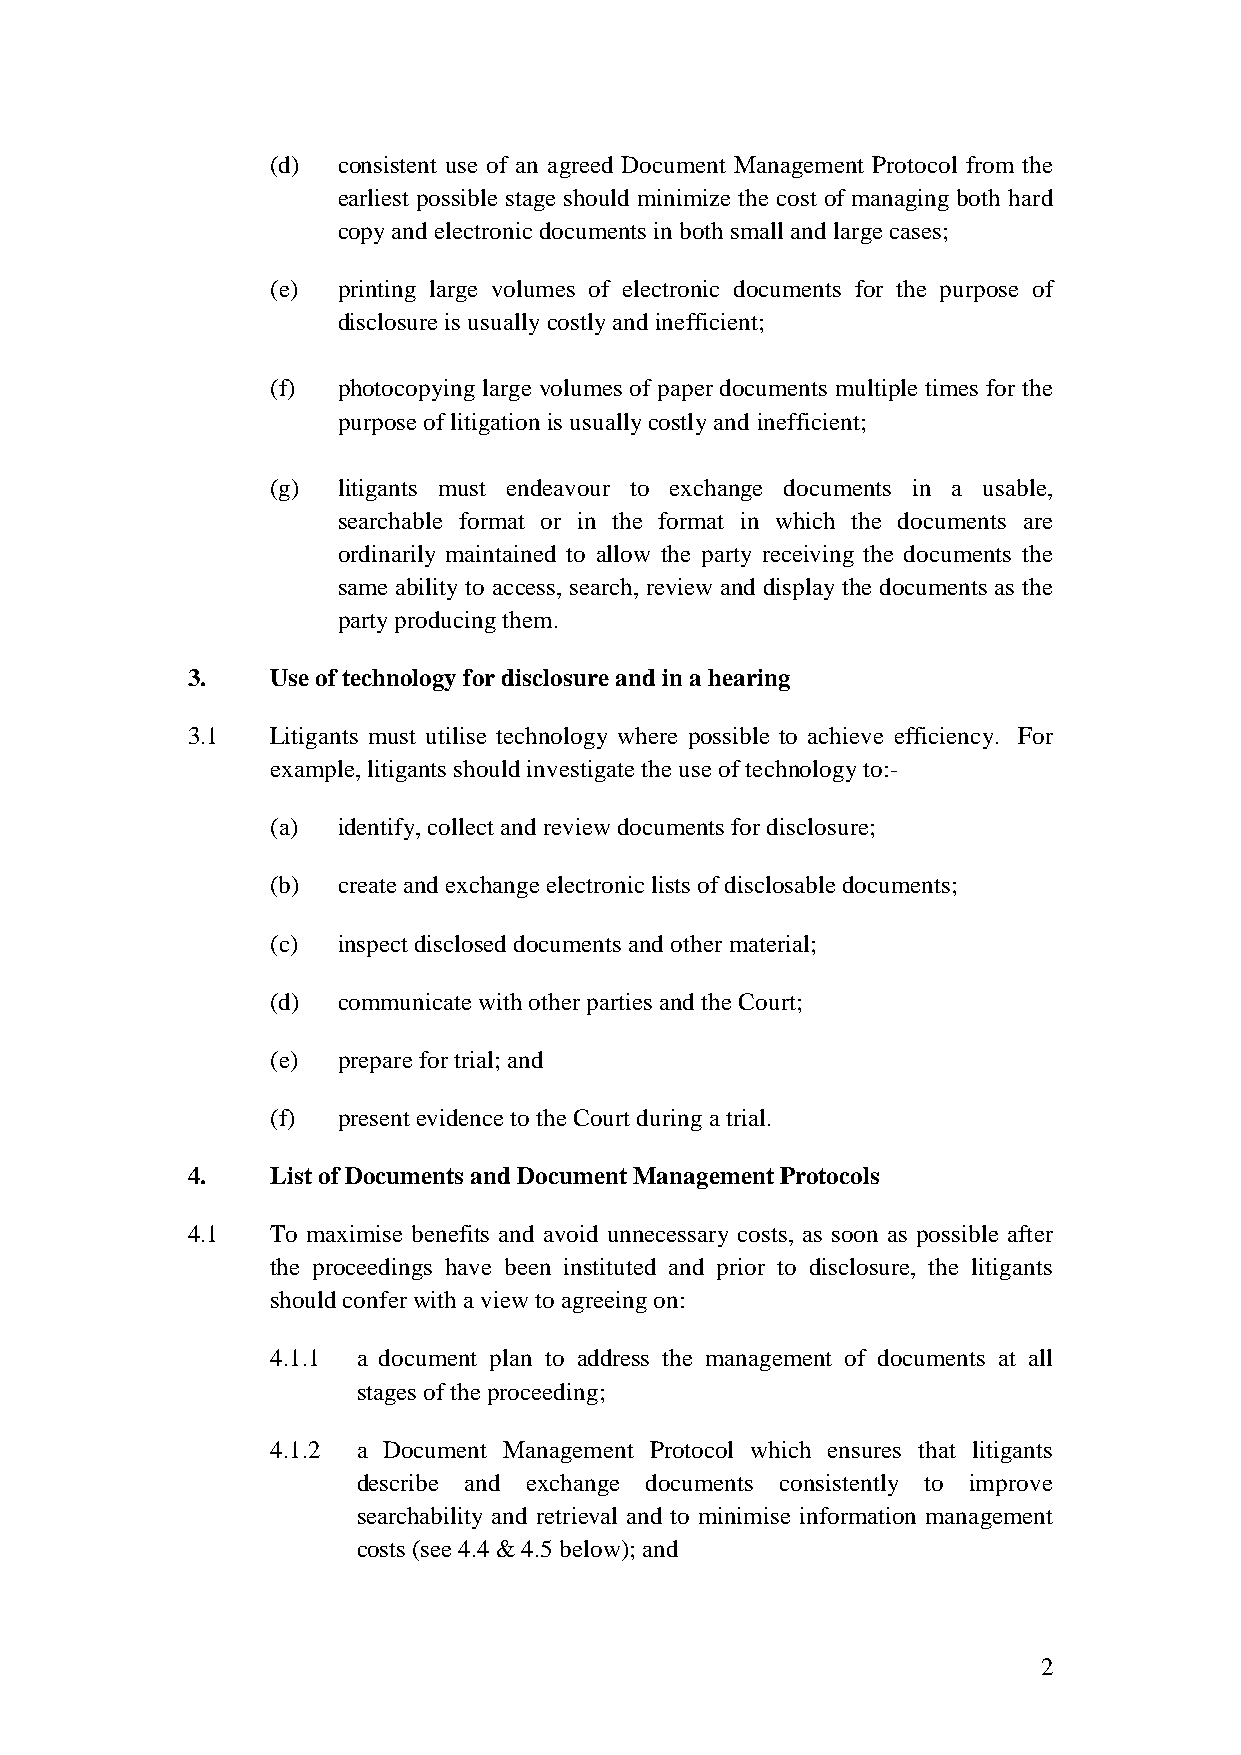
(d) consistent use of an agreed Document Management Protocol from the
 earliest possible stage should minimize the cost of managing both hard
 copy and electronic documents in both small and large cases;
 (e) printing large volumes of electronic documents for the purpose of
 disclosure is usually costly and inefficient;
 (f) photocopying large volumes of paper documents multiple times for the
 purpose of litigation is usually costly and inefficient;
 (g) litigants must endeavour to exchange documents in a usable,
 searchable format or in the format in which the documents are
 ordinarily maintained to allow the party receiving the documents the
 same ability to access, search, review and display the documents as the
 party producing them.
 3.    Use of technology for disclosure and in a hearing
 3.1   Litigants must utilise technology where possible to achieve efficiency. For
 example, litigants should investigate the use of technology to:-
 (a) identify, collect and review documents for disclosure;
 (b) create and exchange electronic lists of disclosable documents;
 (c) inspect disclosed documents and other material;
 (d) communicate with other parties and the Court;
 (e) prepare for trial; and
 (f) present evidence to the Court during a trial.
 4.    List of Documents and Document Management Protocols
 4.1   To maximise benefits and avoid unnecessary costs, as soon as possible after
 the proceedings have been instituted and prior to disclosure, the litigants
 should confer with a view to agreeing on:
 4.1.1 a document plan to address the management of documents at all
 stages of the proceeding;
 4.1.2 a Document Management Protocol which ensures that litigants
 describe and exchange documents consistently to improve
 searchability and retrieval and to minimise information management
 costs (see 4.4 & 4.5 below); and
 2